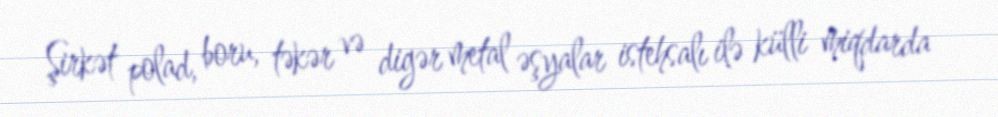
Şirkət polad, boru, təkər və digər metal əşyalar istehsalı ilə külli miqdarda